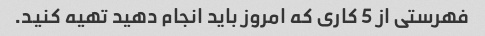
فهرستی از 5 کاری که امروز باید انجام دهید تهیه کنید.